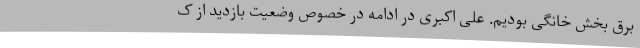
برق بخش خانگی بودیم. علی اکبری در ادامه در خصوص وضعیت بازدید از ک